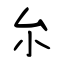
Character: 厼